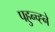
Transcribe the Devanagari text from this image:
पहुन्च्ह्ने